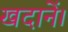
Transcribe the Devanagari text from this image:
खदानें।